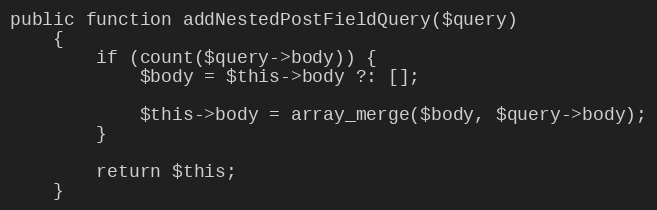
Language: PHP
public function addNestedPostFieldQuery($query)
    {
        if (count($query->body)) {
            $body = $this->body ?: [];

            $this->body = array_merge($body, $query->body);
        }

        return $this;
    }